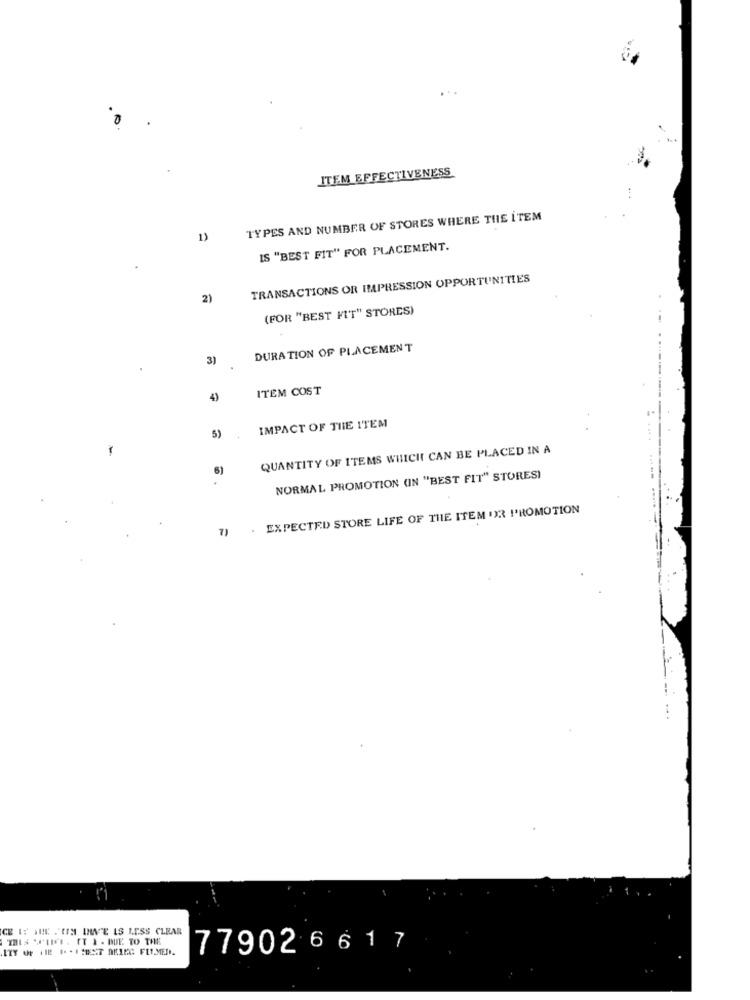
ITEM EFFECTIVENESS
TYPES AND NUMBER OF STORES WHERE THE ITEM
1)
IS "BEST FIT" FOR PLACEMENT.
TRANSACTIONS OR IMPRESSION OPPORTUNITIES
2)
(FOR "BEST FIT" STORES)
DURA TION OF PLACEMENT
3)
ITEM COST
4)
IMPACT OF THE ITEM
5)
QUANTITY OF ITEMS WHICH CAN BE PLACED IN A
6)
NORMAL PROMOTION (IN "BEST FIT" STORES)
. EXPECTED STORE LIFE OF THE ITEM OR PROMOTION
7)
CE IS THE JUM UWV'E IS LESS CLEAR
THIS "PIN'S. ET & . DUE TO THE
77902 6 617